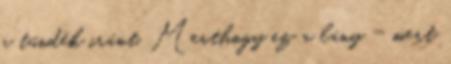
a tündék iránt. Merthogy ez a lány - mert